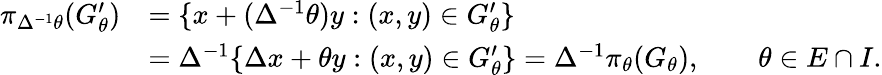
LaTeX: \begin{array}{rl}{\pi_{\Delta^{-1}\theta}(G_{\theta}^{\prime})}&{=\{ x+(\Delta^{-1}\theta)y:(x,y)\in G_{\theta}^{\prime}\} }\\ &{=\Delta^{-1}\{ \Delta x+\theta y:(x,y)\in G_{\theta}^{\prime}\} =\Delta^{-1}\pi_{\theta}(G_{\theta}),\qquad\theta\in E\cap I.}\end{array}